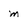
Character: m